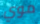
موي